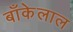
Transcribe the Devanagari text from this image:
बाँकेलाल